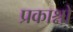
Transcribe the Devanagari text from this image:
प्रकाश्नों